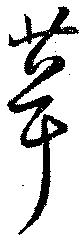
葺